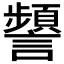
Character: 𧭹